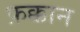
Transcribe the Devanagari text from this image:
फ़क्कान